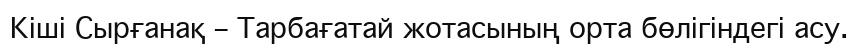
Кіші Сырғанақ – Тарбағатай жотасының орта бөлігіндегі асу.